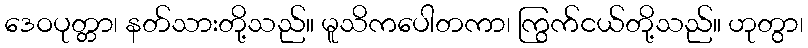
ဒေဝပုတ္တာ၊ နတ်သားတို့သည်။ မူသိကပေါတကာ၊ ကြွက်ငယ်တို့သည်။ ဟုတွာ၊